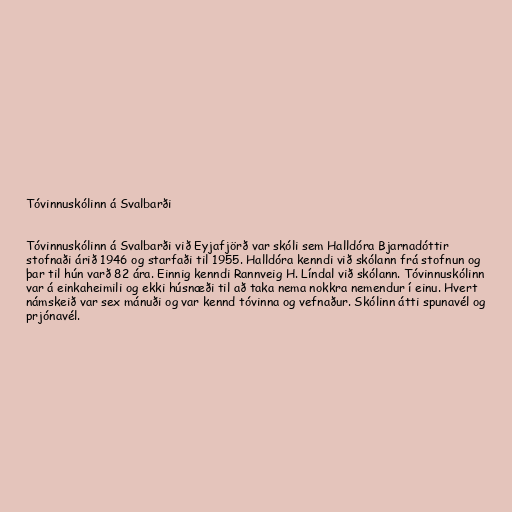
Tóvinnuskólinn á Svalbarði

Tóvinnuskólinn á Svalbarði við Eyjafjörð var skóli sem Halldóra Bjarnadóttir
stofnaði árið 1946 og starfaði til 1955. Halldóra kenndi við skólann frá stofnun og
þar til hún varð 82 ára. Einnig kenndi Rannveig H. Líndal við skólann. Tóvinnuskólinn
var á einkaheimili og ekki húsnæði til að taka nema nokkra nemendur í einu. Hvert
námskeið var sex mánuði og var kennd tóvinna og vefnaður. Skólinn átti spunavél og
prjónavél.